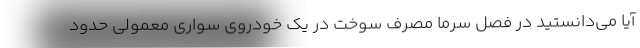
آیا می‌دانستید در فصل سرما مصرف سوخت در یک خودروی سواری معمولی حدود